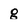
Character: 8